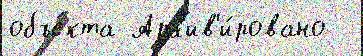
объе́кта Арх'ив'и́ровано